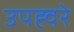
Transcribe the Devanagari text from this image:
उपह्वरे